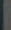
-